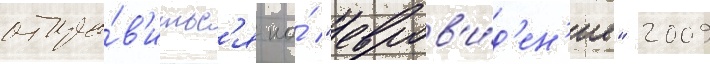
отпра́в'итьс'я на́ "евров'и́д'ен'ие" 2009